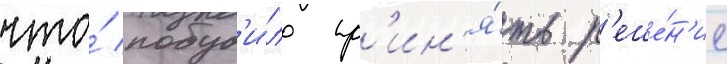
что́ побуд'и́ло пр'ин'я́ть р'еше́н'ие